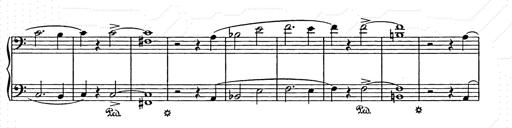
Title: Unstern!
Composer: Franz Liszt